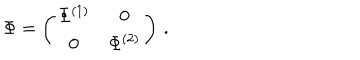
\Phi = \left( \begin{matrix} { { \Phi ^ { ( 1 ) } } } & { { 0 } } \\ { { 0 } } & { { \Phi ^ { ( 2 ) } } } \\ \end{matrix} \right) \, .